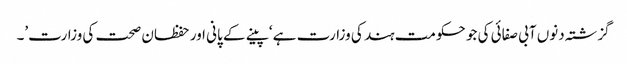
گزشتہ دنوں آبی صفائی کی جو حکومت ہند کی وزارت ہے ‘پینے کے پانی اور حفظان صحت کی وزارت’۔